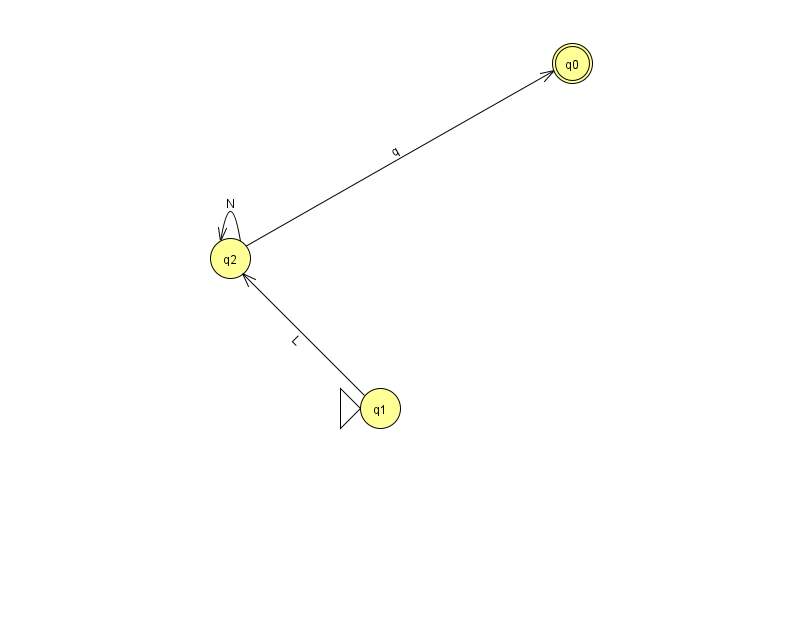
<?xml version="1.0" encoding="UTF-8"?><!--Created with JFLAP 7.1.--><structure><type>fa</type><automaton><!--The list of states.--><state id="0" name="q0"><x>572.0</x><y>50.0</y><final/></state><state id="1" name="q1"><x>380.0</x><y>395.0</y><initial/></state><state id="2" name="q2"><x>230.0</x><y>245.0</y></state><!--The list of transitions.--><transition><from>1</from><to>2</to><read>L</read></transition><transition><from>2</from><to>0</to><read>q</read></transition><transition><from>2</from><to>2</to><read>N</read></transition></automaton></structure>